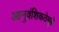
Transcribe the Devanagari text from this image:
आनुवंशिकतेमुळे